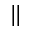
{ \parallel }